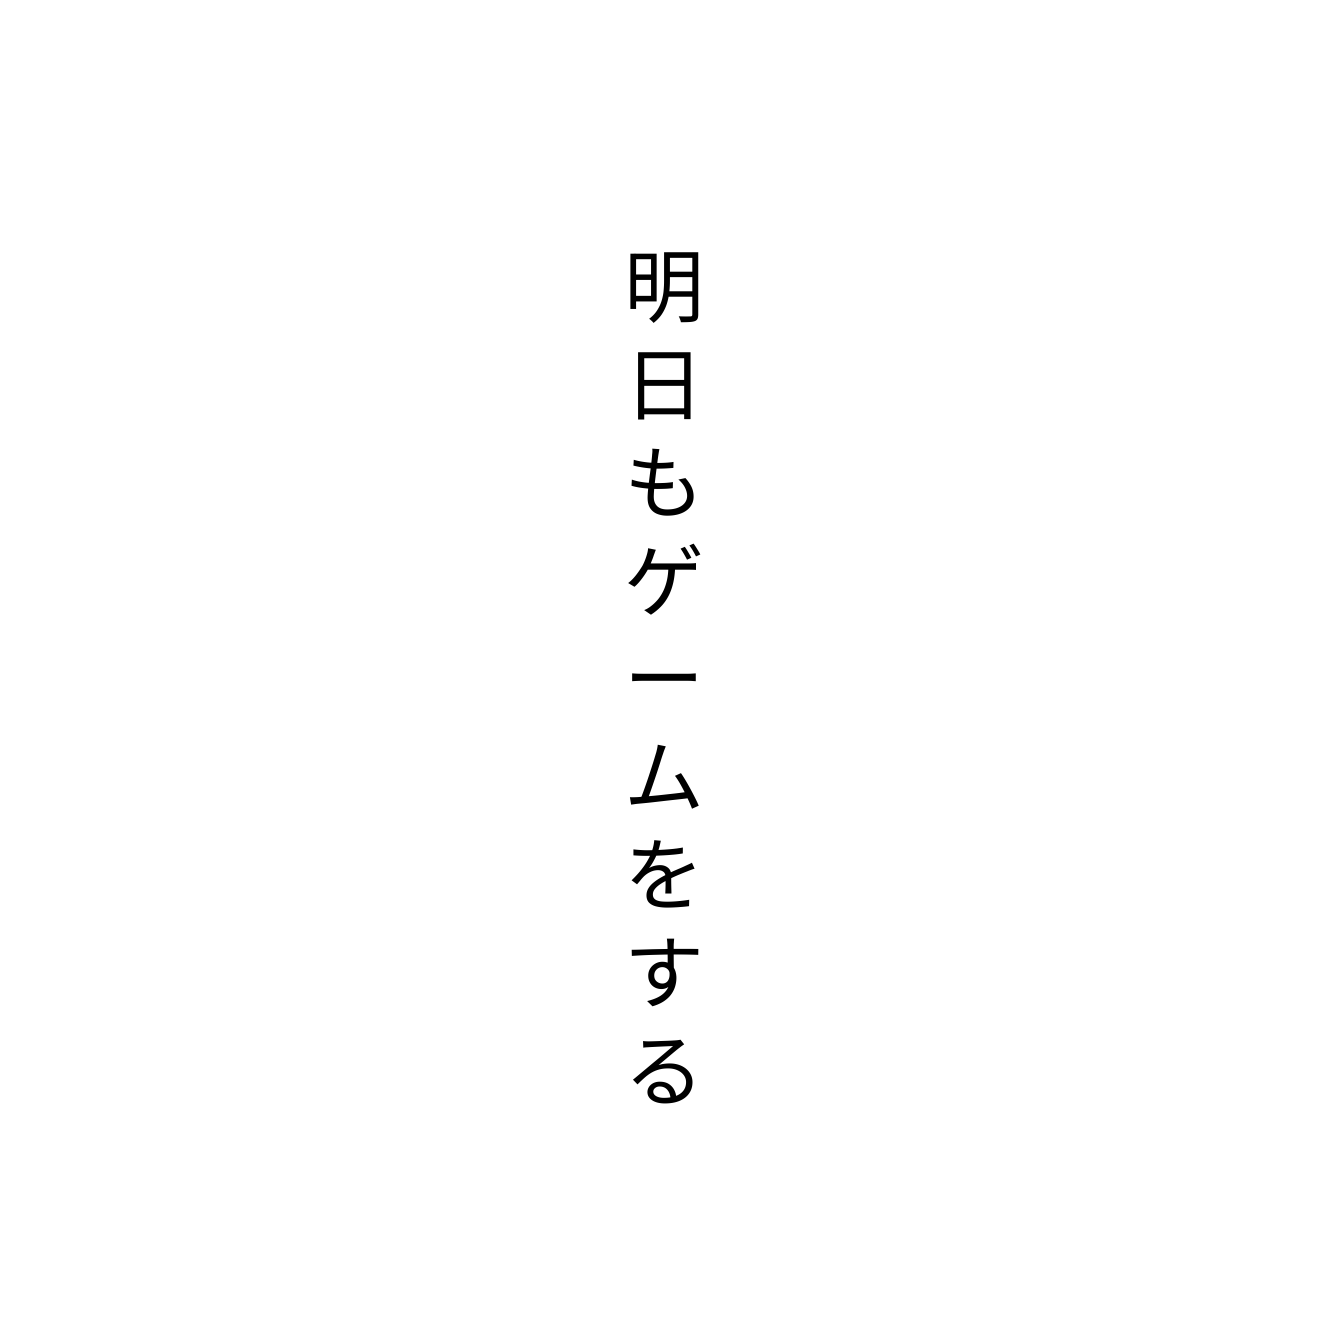
明日もゲームをする